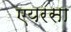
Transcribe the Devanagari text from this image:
एयरसा